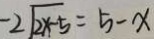
- 2 \sqrt { 2 x - 5 } = 5 - x